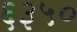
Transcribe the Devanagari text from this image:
६३५०